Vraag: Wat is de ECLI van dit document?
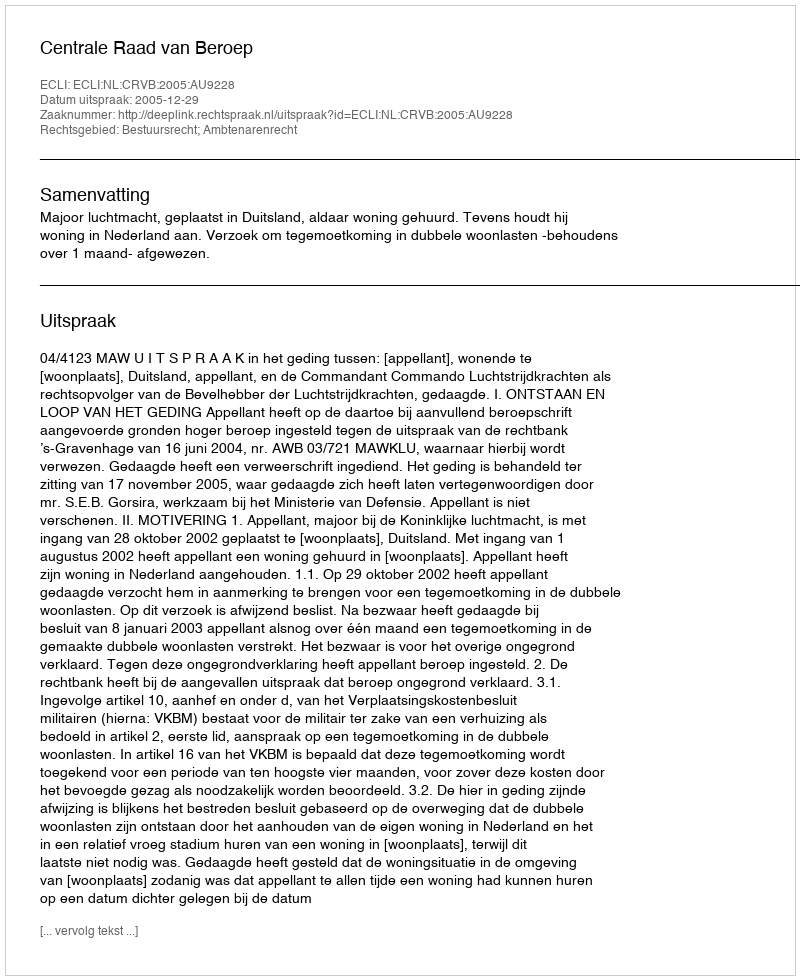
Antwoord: ECLI:NL:CRVB:2005:AU9228